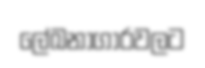
ලේඛනාගාරවලට